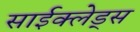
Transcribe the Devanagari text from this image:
साईक्लेड्स